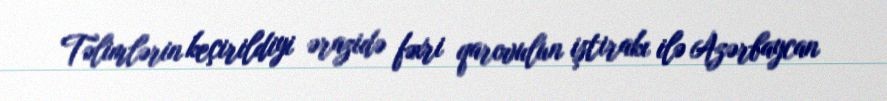
Təlimlərin keçirildiyi ərazidə fəxri qarovulun iştirakı ilə Azərbaycan